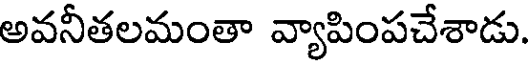
అవనీతలమంతా వ్యాపింపచేశాడు.